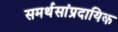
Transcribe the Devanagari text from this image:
समर्थसांप्रदायिक